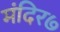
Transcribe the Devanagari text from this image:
मंदिर७